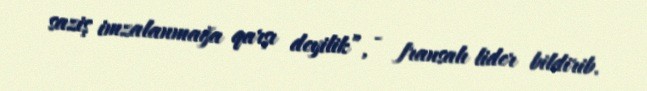
saziş imzalanmağa qarşı deyilik”, - fransalı lider bildirib.